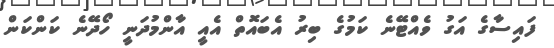
ފައިސާގެ އަގު ވެއްޓޭނެ ކަމުގެ ބިރު އެބައޮތް އެއީ އާންމުދަނީ ހޯދޭނެ ކަންކަން